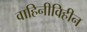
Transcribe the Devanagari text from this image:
वाहिनीविहीन